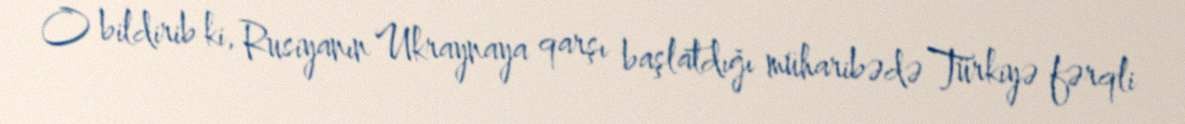
O bildirib ki, Rusiyanın Ukraynaya qarşı başlatdığı müharibədə Türkiyə fərqli